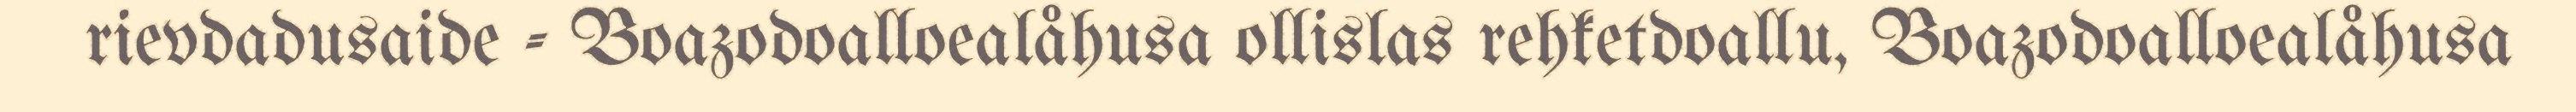
rievdadusaide - Boazodoalloealåhusa ollislas rehketdoallu, Boazodoalloealåhusa